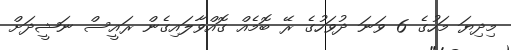
މިދިޔަ މަހުގެ 6 ވަނަ ދުވަހުގެ ރޭ ބޮމެއް ގޮއްވާލައިގެން ރައީސް ނަޝީދަށް